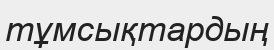
тұмсықтардың